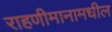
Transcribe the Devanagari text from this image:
राहणीमानामधील